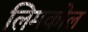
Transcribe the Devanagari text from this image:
लिमकोल